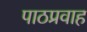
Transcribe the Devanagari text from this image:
पाठप्रवाह